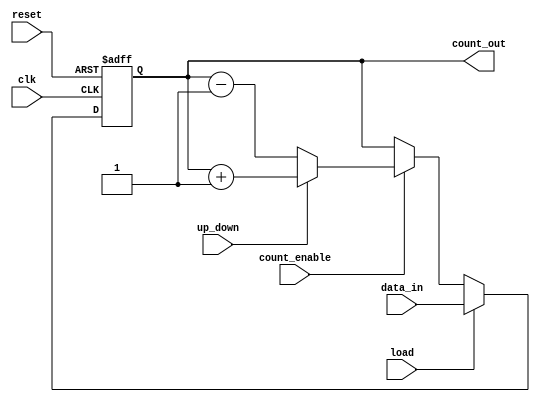
module synchronous_load_counter (
    input wire clk,              // Clock input
    input wire reset,            // Asynchronous reset
    input wire load,             // Load control signal
    input wire [N-1:0] data_in,  // Input data bus for loading
    input wire count_enable,      // Count enable signal
    input wire up_down,          // Control signal for counting direction (1 for up, 0 for down)
    output reg [N-1:0] count_out // Output count value
);
    parameter N = 8; // Define the size of the counter (number of bits)

    // Asynchronous reset
    always @(posedge clk or posedge reset) begin
        if (reset) begin
            count_out <= 0; // Reset the counter to zero
        end else if (load) begin
            count_out <= data_in; // Load the new value into the counter
        end else if (count_enable) begin
            if (up_down) begin
                count_out <= count_out + 1; // Increment the counter
            end else begin
                count_out <= count_out - 1; // Decrement the counter
            end
        end
    end
endmodule